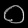
Digit: ၀